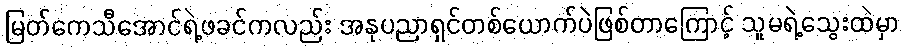
မြတ်ကေသီအောင်ရဲ့ဖခင်ကလည်း အနုပညာရှင်တစ်ယောက်ပဲဖြစ်တာကြောင့် သူမရဲ့သွေးထဲမှာ